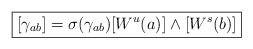
LaTeX: \begin{align*}\boxed{[\gamma_{ab}]=\sigma(\gamma_{ab})[W^u(a)]\wedge [W^s(b)]}\end{align*}